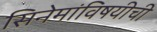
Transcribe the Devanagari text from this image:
सिनेमांविषयीची